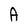
Character: A